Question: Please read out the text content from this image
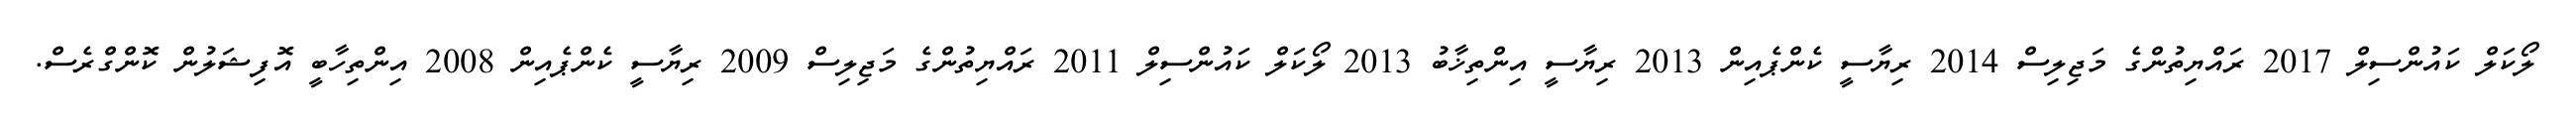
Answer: ލޯކަލް ކައުންސިލް 2017 ރައްޔިތުންގެ މަޖިލިސް 2014 ރިޔާސީ ކެންޕެއިން 2013 ރިޔާސީ އިންތިޚާބު 2013 ލޯކަލް ކައުންސިލް 2011 ރައްޔިތުންގެ މަޖިލިސް 2009 ރިޔާސީ ކެންޕެއިން 2008 އިންތިހާބީ އޮފިޝަލުން ކޮންގްރެސް.